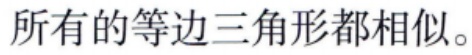
所有的等边三角形都相似。